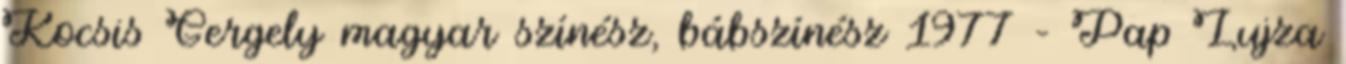
Kocsis Gergely magyar színész, bábszínész 1977 – Pap Lujza